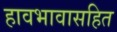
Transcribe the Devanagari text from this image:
हावभावासहित